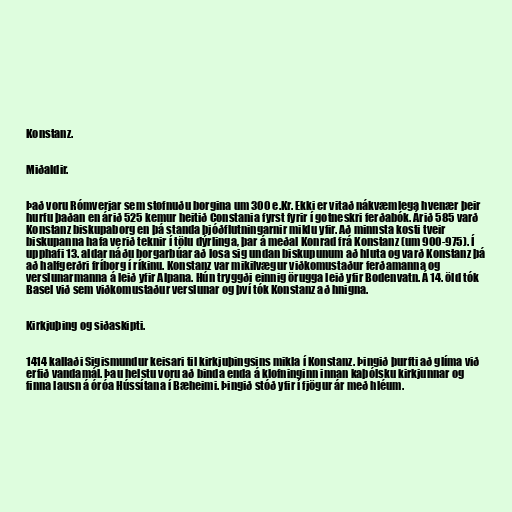
Konstanz.

Miðaldir.

Það voru Rómverjar sem stofnuðu borgina um 300 e.Kr. Ekki er vitað nákvæmlega hvenær þeir
hurfu þaðan en árið 525 kemur heitið Constania fyrst fyrir í gotneskri ferðabók. Árið 585 varð
Konstanz biskupaborg en þá standa þjóðflutningarnir miklu yfir. Að minnsta kosti tveir
biskupanna hafa verið teknir í tölu dýrlinga, þar á meðal Konrad frá Konstanz (um 900-975). Í
upphafi 13. aldar náðu borgarbúar að losa sig undan biskupunum að hluta og varð Konstanz þá
að halfgerðri fríborg í ríkinu. Konstanz var mikilvægur viðkomustaður ferðamanna og
verslunarmanna á leið yfir Alpana. Hún tryggði einnig örugga leið yfir Bodenvatn. Á 14. öld tók
Basel við sem viðkomustaður verslunar og því tók Konstanz að hnigna.

Kirkjuþing og siðaskipti.

1414 kallaði Sigismundur keisari til kirkjuþingsins mikla í Konstanz. Þingið þurfti að glíma við
erfið vandamál. Þau helstu voru að binda enda á klofninginn innan kaþólsku kirkjunnar og
finna lausn á óróa Hússítana í Bæheimi. Þingið stóð yfir í fjögur ár með hléum.